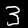
Label: 3